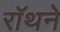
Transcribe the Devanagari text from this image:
रॉथने